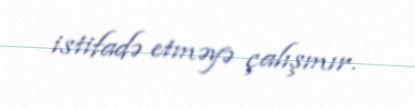
istifadə etməyə çalışmır.